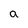
Character: a